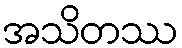
အသိတဿ